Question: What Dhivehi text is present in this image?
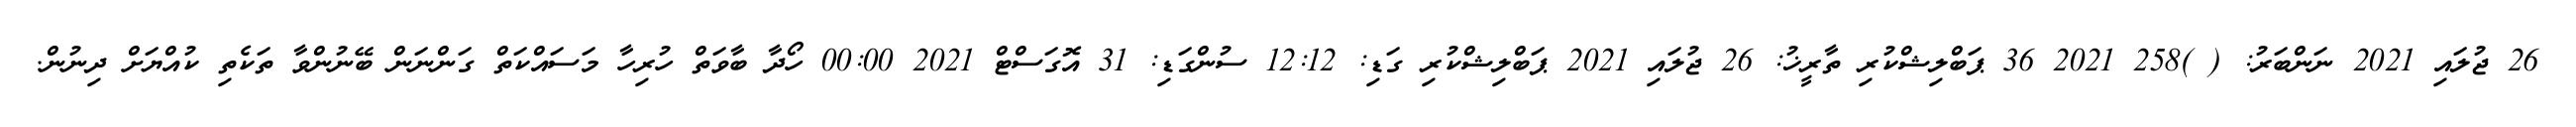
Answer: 26 ޖުލައި 2021 ނަންބަރު: ( )258 2021 36 ޕަބްލިޝްކުރި ތާރީޚު: 26 ޖުލައި 2021 ޕަބްލިޝްކުރި ގަޑި: 12:12 ސުންގަޑި: 31 އޮގަސްޓް 2021 00:00 ހޯދާ ބާވަތް ހުރިހާ މަސައްކަތް ގަންނަން ބޭނުންވާ ތަކެތި ކުއްޔަށް ދިނުން.